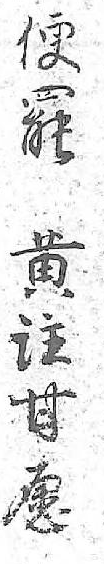
便罷黄註甘愿